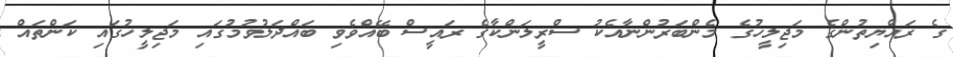
ގެ ރައްޔިތުންގެ މަޖިލީހުގެ މެންބަރުންނާއެކު ސްރީލަންކާގެ ރައީސް ބޭއްވެވި ބައްދަލުވުމުގައި މަޖިލީހުގައި ކަންތައް